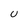
Character: U